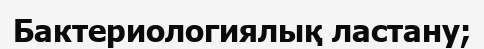
Бактериологиялық ластану;